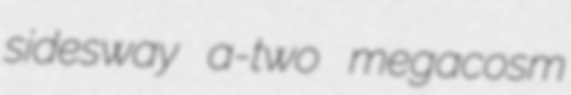
sidesway a-two megacosm